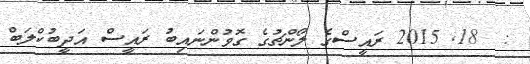
:  18